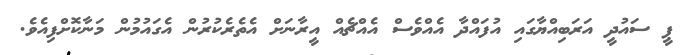
ޕީ ސައުދީ އަރަބިއްޔާގައި އުފައްދާ އެއްވެސް އެއްޗެއް އީރާނަށް އެތެރެކުރުން އެގައުމުން މަނާކޮށްފިއެވެ.